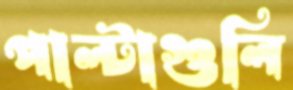
পাল্টাগুলি